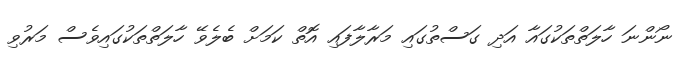
ނޯންނަ ހާލަތްތަކުގައާ އަދި ގަސްތުގައި މަރާލާފައި އޮތް ކަމަށް ބެލެވޭ ހާލަތްތަކުގައިވެސް މަރުވި